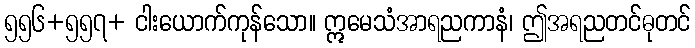
၅၅၆+၅၅၇+ ငါးယောက်ကုန်သော။ ဣမေသံအာရညကာနံ၊ ဤအရညတင်ဓုတင်